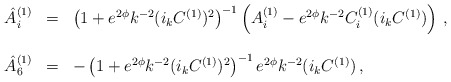
\begin{align*}\begin{array}{rcl}{\hat A}^{(1)}_i &=& \left( 1 + e^{2 \phi} k^{-2} (i_k C^{(1)})^2 \right)^{-1}\left( A^{(1)}_i - e^{2 \phi}k^{-2}C^{(1)}_i (i_k C^{(1)}) \right)\, , \\ & & \\{\hat A}^{(1)}_6 &=& -\left( 1 + e^{2 \phi} k^{-2} (i_k C^{(1)})^2 \right)^{-1} e^{2 \phi} k^{-2} (i_k C^{(1)}) \, ,\\\end{array}\end{align*}